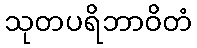
သုတပရိဘာဝိတံ